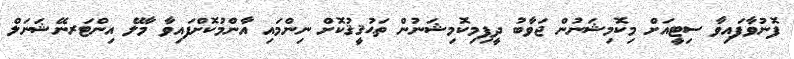
ފޮނުވާފައިވާ ސިޓީއަށް މިކޮމިޝަނުން ޖަވާބު ދީފިމިކޮމިޝަނުން ތަޙުޤީޤުކޮށް ނިންމައި އާންމުކޮށްފައިވާ މާލޭ އިންޓަރނޭޝަނަލް